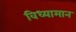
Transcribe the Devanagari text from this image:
विध्यामान